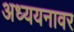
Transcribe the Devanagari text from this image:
अध्ययनावर